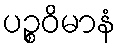
ပဉ္စဝိမာနံ